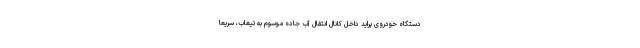
دستگاه خودروی پراید داخل کانال انتقال آب جاده موسوم به تیغاب، سریعا